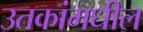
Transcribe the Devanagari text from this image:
उतकांमधील